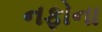
નફોના